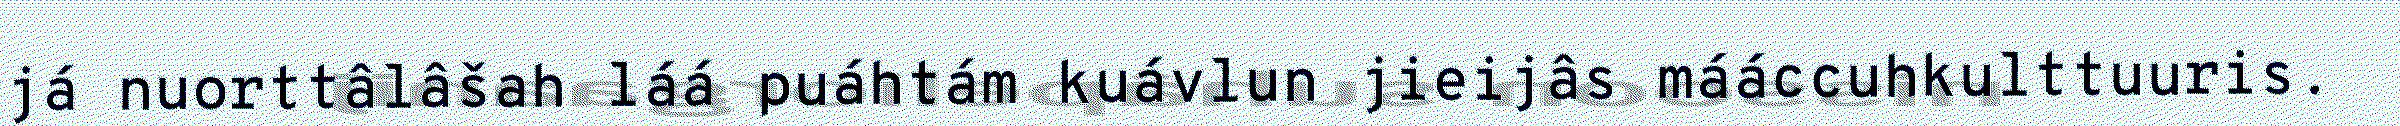
já nuorttâlâšah láá puáhtám kuávlun jieijâs mááccuhkulttuuris.